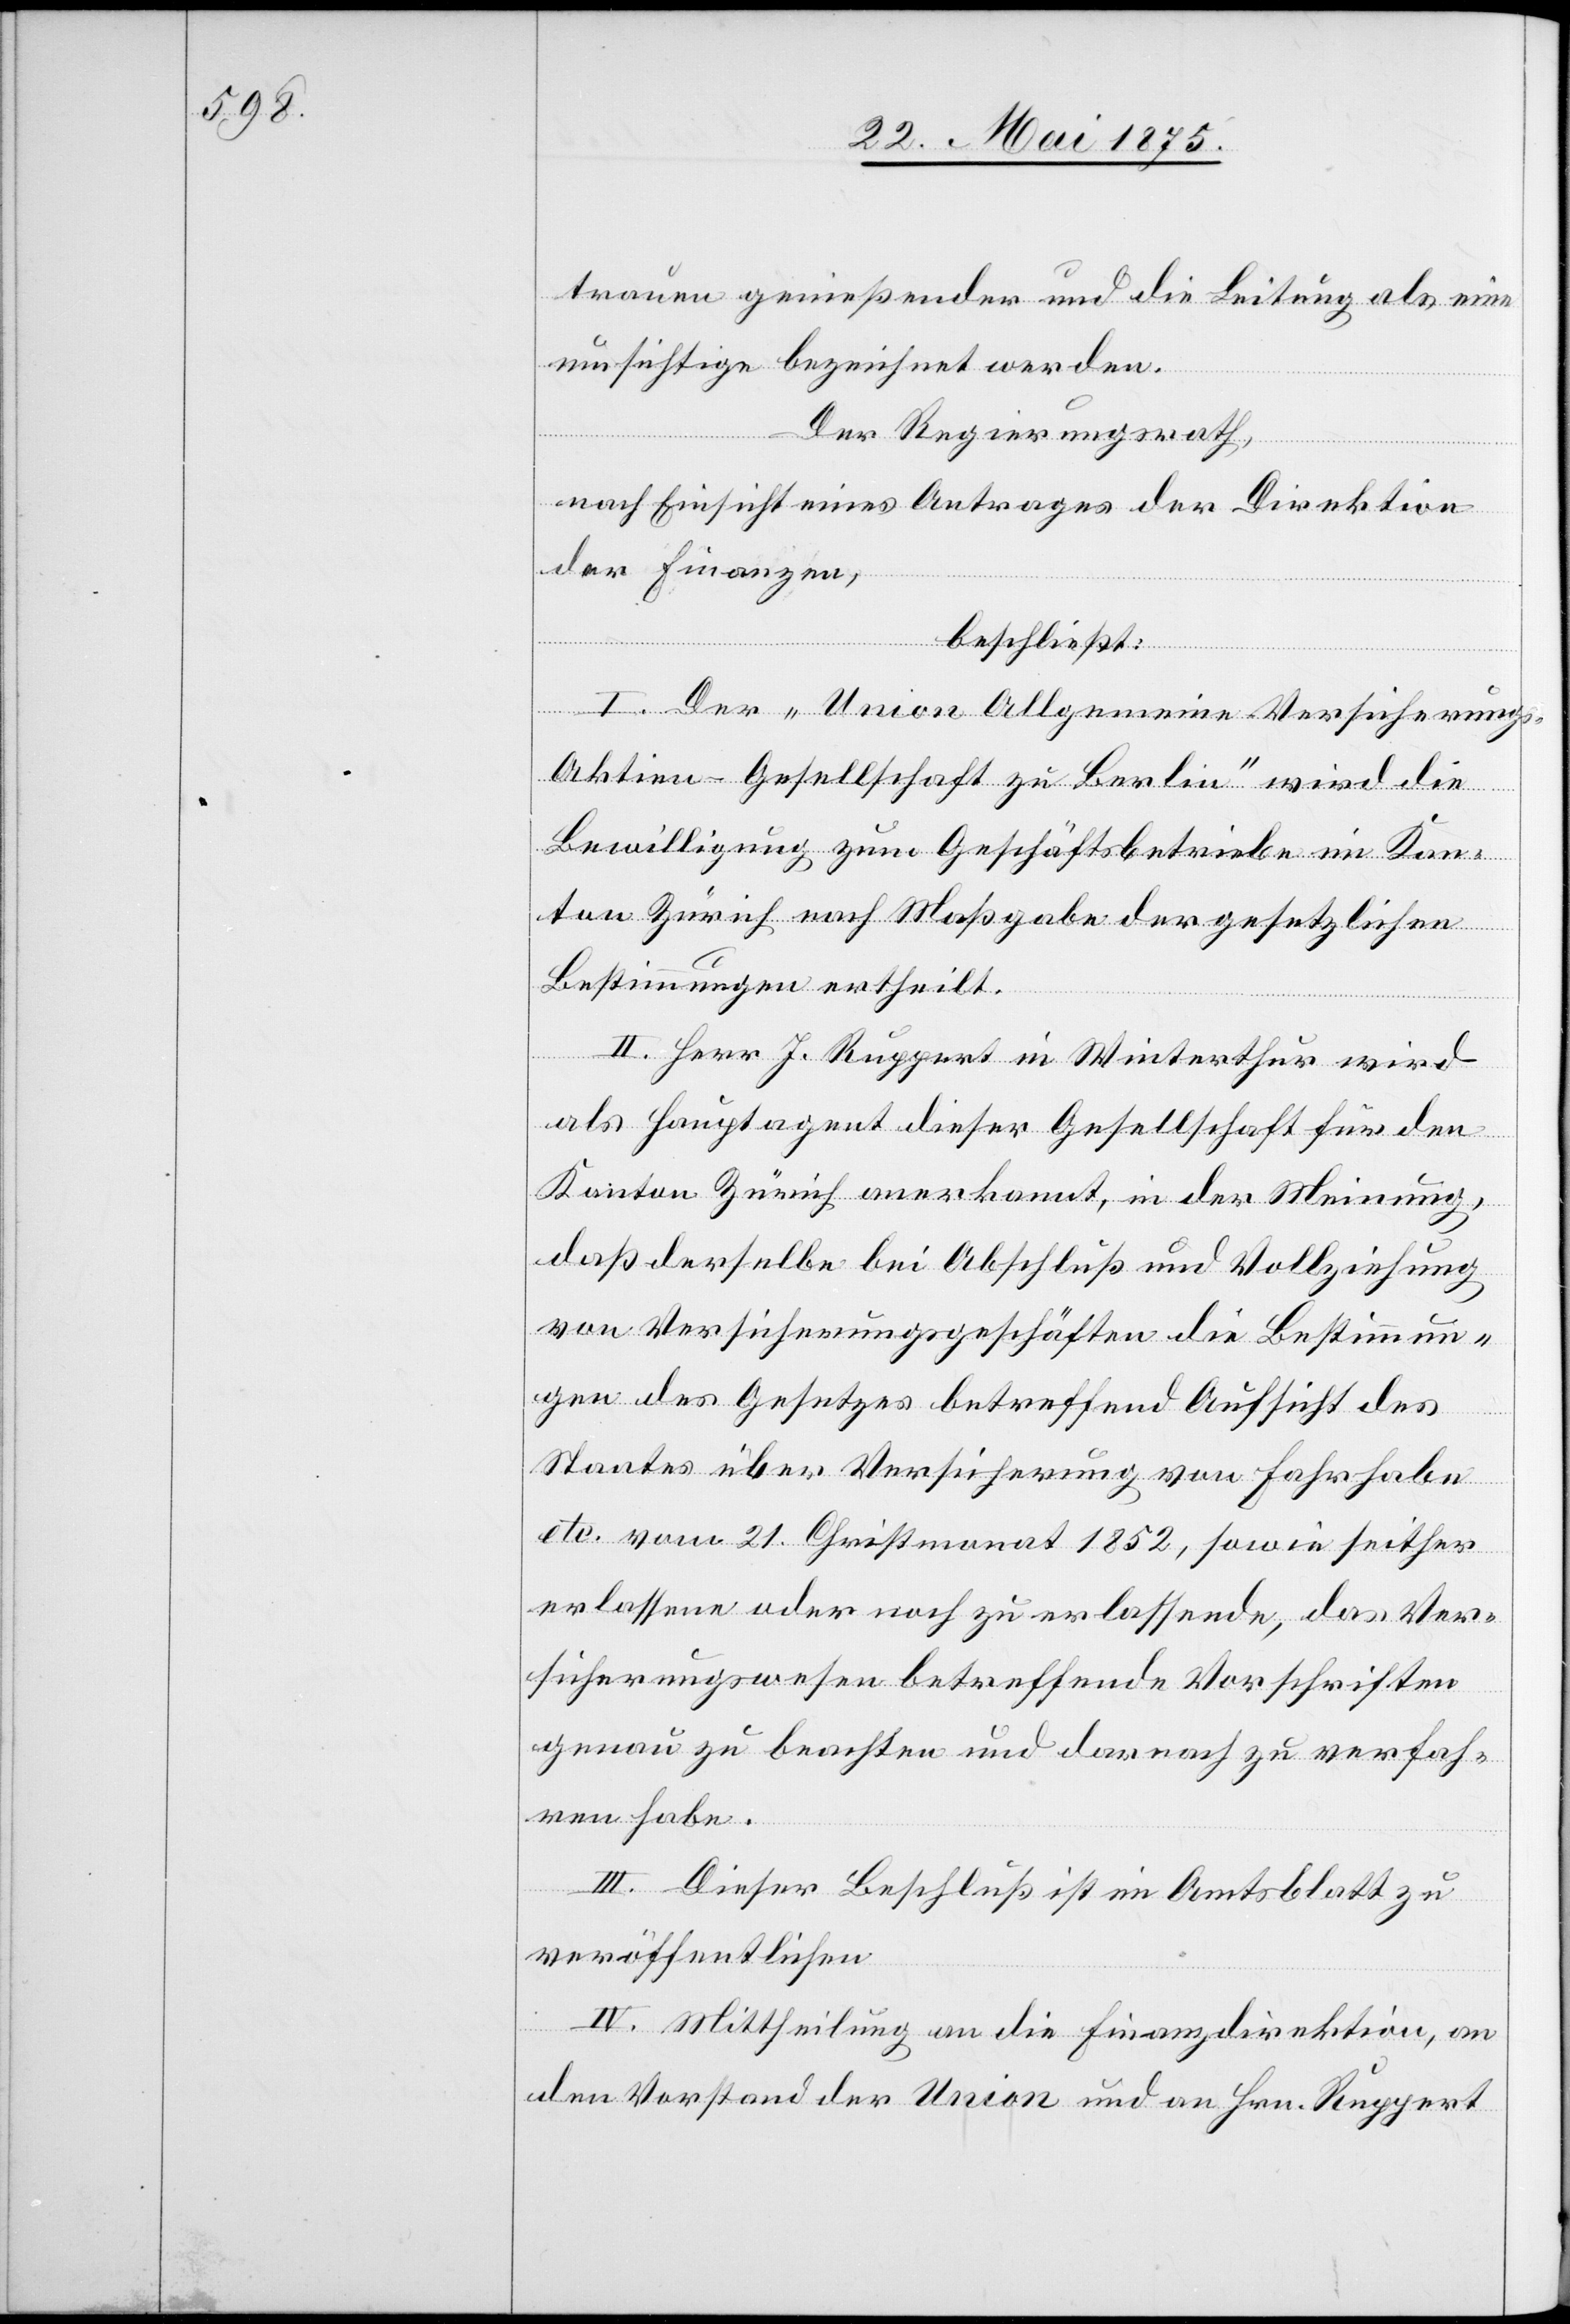
trauen genießender und die Leitung als eine
umsichtige bezeichnet werden.
Der Regierungsrath,
nach Einsicht eines Antrages der Direktion
der Finanzen,
beschließt:
I. Der „Union Allgemeine Versicherung¬
s-Aktien-Gesellschaft zu Berlin“ wird die
Bewilligung zum Geschäftsbetriebe im Kan¬
ton Zürich nach Maßgabe der gesetzlichen
Bestimmungen ertheilt.
II. Herr J. Ruppert in Winterthur wird
als Hauptagent dieser Gesellschaft für den
Kanton Zürich anerkannt, in der Meinung,
daß derselbe bei Abschluß und Vollziehung
von Versicherungsgeschäften die Bestimmun¬
gen des Gesetzes betreffend Aufsicht des
Staates über Versicherung von Fahrhabe
etc. vom 21. Christmonat 1852, sowie seither
erlassene oder noch zu erlassende, das Ver¬
sicherungswesen betreffende Vorschriften
genau zu beachten und darnach zu verfah¬
ren habe.
III. Dieser Beschluß ist im Amtsblatt zu
veröffentlichen.
IV. Mittheilung an die Finanzdirektion, an
den Vorstand der Union und an Hrn. Ruppert